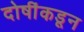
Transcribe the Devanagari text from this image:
दोषींकडून